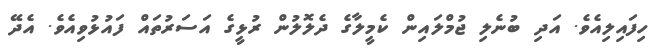
ހިފައިލިއެވެ. އަދި ބުނެލި ޖުމްލައިން ކެމީލާގެ ދެލޮލުން ރުޅީގެ އަސަރުތައް ފައުޅުވިއެވެ. އެދޭ